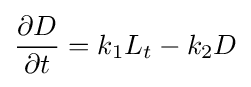
{\frac {\partial D}{\partial t}}=k_{1}L_{t}-k_{2}D